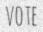
VOTE